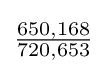
{\tfrac {650,168}{720,653}}